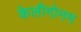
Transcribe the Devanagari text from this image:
केलीगोनम